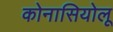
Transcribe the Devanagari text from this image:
कोनासियोलू